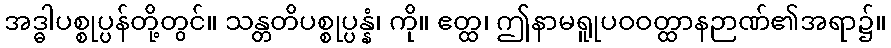
အဒ္ဓါပစ္စုပ္ပန်တို့တွင်။ သန္တတိပစ္စုပ္ပန္နံ၊ ကို။ ဧတ္ထ၊ ဤနာမရူုပဝဝတ္ထာနဉာဏ်၏အရာ၌။